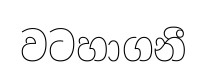
වටහාගනී